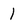
Character: 1